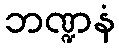
ဘဏ္ဍနံ